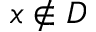
x \notin D